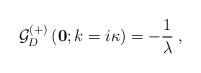
\begin{align*}{\mathcal G}^{(+)} _{D} \left({\bf 0} ; k = i \kappa\right) = - \frac{1}{\lambda} \; ,\end{align*}